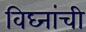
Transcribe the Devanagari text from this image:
विघ्नांची